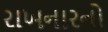
રાખનારનો